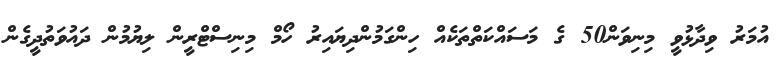
އުމަރު ވިދާޅުވީ މިނިވަން50 ގެ މަސައްކަތްތަކެއް ހިންގަމުންދިޔައިރު ހޯމް މިނިސްޓްރީން ލިޔުމުން ދައުވަތުދީގެން